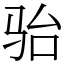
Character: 骀